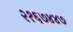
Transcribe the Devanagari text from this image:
२१६७४४७